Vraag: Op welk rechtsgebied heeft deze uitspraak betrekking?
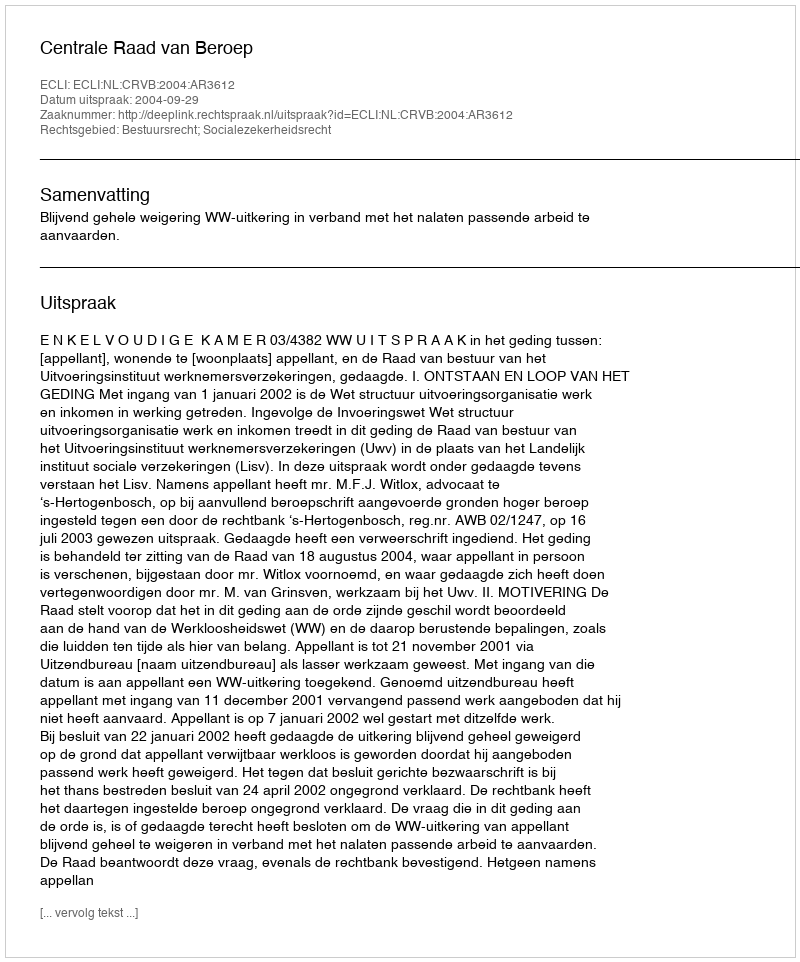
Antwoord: Bestuursrecht; Socialezekerheidsrecht